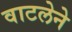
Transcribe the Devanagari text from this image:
वाटलेने